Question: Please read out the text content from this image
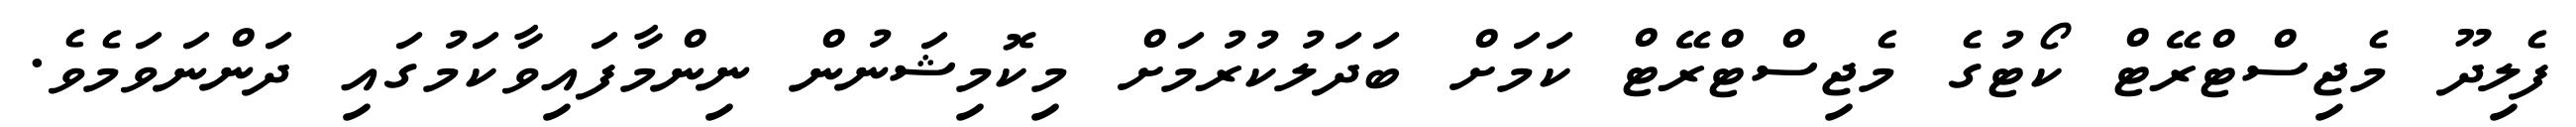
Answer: ފެލިދޫ މެޖިސްޓްރޭޓް ކޯޓުގެ މެޖިސްޓްރޭޓް ކަމަށް ބަދަލުކުރުމަށް މިކޮމިޝަނުން ނިންމާފައިވާކަމުގައި ދަންނަވަމެވެ.